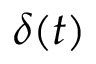
\delta ( t )